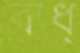
বাধ্‌